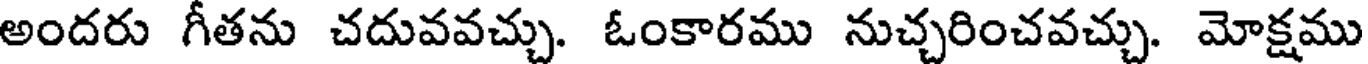
అందరు గీతను చదువవచ్చు. ఓంకారము నుచ్చరించవచ్చు. మోక్షము